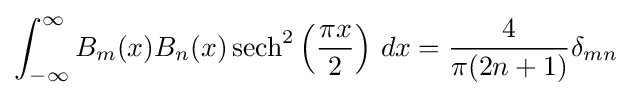
\int _{-\infty }^{\infty }B_{m}(x)B_{n}(x)\operatorname {sech} ^{2}\left({\frac {\pi x}{2}}\right)\,dx={\frac {4}{\pi (2n+1)}}\delta _{mn}